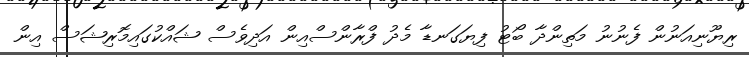
ރިޔޫނިއަނުން ފެނުނު މަތިންދާ ބޯޓު ފިޔަގަނޑާ މެދު ފްރާންސްއިން އަދިވެސް ޝައްކުގައިމޮރިޝަސް އިން